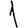
Digit: 1